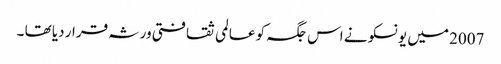
2007 میں یونسکو نے اس جگہ کو عالمی ثقافتی ورثہ قرار دیا تھا ۔